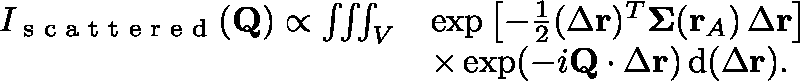
\begin{array} { r l } { I _ { \textrm { s c a t t e r e d } } ( \mathbf { Q } ) \propto \iiint _ { V } } & { \exp \left[ - \frac { 1 } { 2 } ( \Delta \mathbf { r } ) ^ { T } \mathbf { \Sigma } ( \mathbf { r } _ { A } ) \, \Delta \mathbf { r } \right] } \\ & { \times \exp ( - i \mathbf { Q } \cdot \Delta \mathbf { r } ) \, \mathrm { d } ( \Delta \mathbf { r } ) . } \end{array}